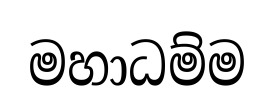
මහාධම්ම